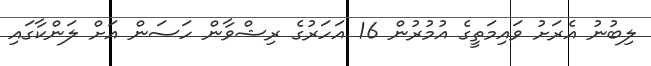
ލިބުނު އެރަށު ވައިމަތީގެ އުމުރުން 16 އަހަރުގެ ރިޝްވާން ހަސަން އަށް ލަންކާގައި